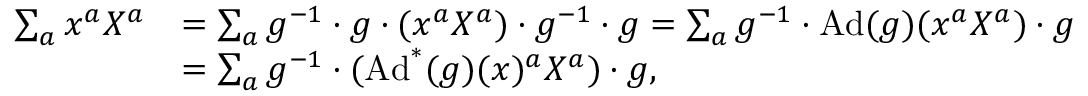
\begin{array} { r l } { \sum _ { a } x ^ { a } X ^ { a } } & { = \sum _ { a } g ^ { - 1 } \cdot g \cdot ( x ^ { a } X ^ { a } ) \cdot g ^ { - 1 } \cdot g = \sum _ { a } g ^ { - 1 } \cdot \operatorname { A d } ( g ) ( x ^ { a } X ^ { a } ) \cdot g } \\ & { = \sum _ { a } g ^ { - 1 } \cdot ( \operatorname { A d } ^ { * } ( g ) ( x ) ^ { a } X ^ { a } ) \cdot g , } \end{array}